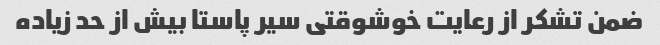
ضمن تشکر از رعایت خوشوقتی سیر پاستا بیش از حد زیاده